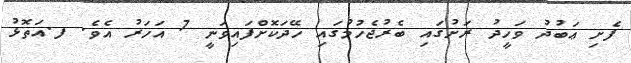
ފެށި ޢަބުދު ވަހީދު ރަށުގައި ބެރުޖެހުމުގައި ހޭދަކޮށްފައިވަނީ 7 އަހަރު އެވެ. ފ.އަތޮޅު